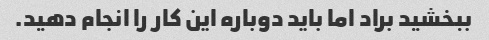
ببخشید براد اما باید دوباره این کار را انجام دهید.